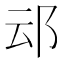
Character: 䢵